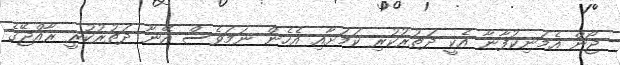
ޖޯން އެމަނިކުފާނާ އެކީ ދަތުރުކުރި ކަމަށާއި އެހެން ނަމަވެސް އޭނާ ދަތުރުކުރީ ރާއްޖޭގެ